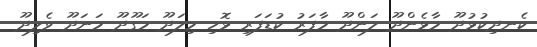
ކެނދިކުޅުދޫ މާޅެންދޫ ލަންދޫ މާފަރު ކުޑަފަރި ޅޮހި މިލަދޫ މަގޫދޫ މަނަދޫ ވެލިދޫ